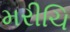
મરીચિ